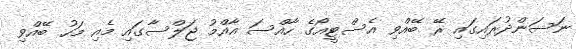
ނަސަންދުރައިގައި ރޭ ބޭއްވި އެސްޓީއޯގެ ހާއްސަ އާއްމު ޖަލްސާގައި މެއި މަހު ބޭއްވި